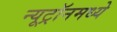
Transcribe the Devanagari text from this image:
न्यूट्रॉनमध्ये